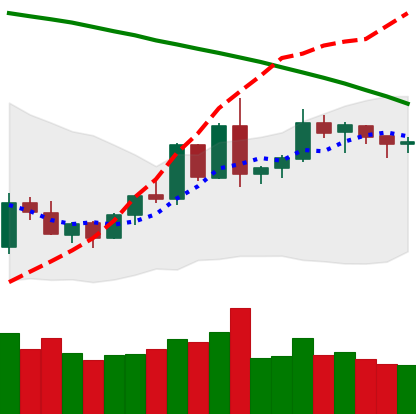
Ticker: EOS-USD
Chart end date: 2020-06-10
Forward return: -8.608%
Label: down_7plus